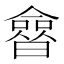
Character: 𰖲